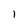
Character: 1